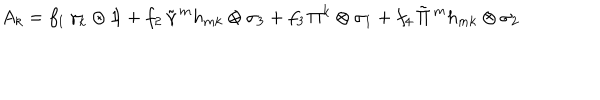
LaTeX: A _ { k } = f _ { 1 } \, \gamma _ { k } \otimes 1 \! \! 1 + f _ { 2 } \, \tilde { \gamma } \, ^ { m } h _ { m k } \otimes \sigma _ { 3 } + f _ { 3 } \, \Pi ^ { k } \otimes \sigma _ { 1 } + f _ { 4 } \, \tilde { \Pi } \, ^ { m } h _ { m k } \otimes \sigma _ { 2 }